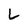
Character: L